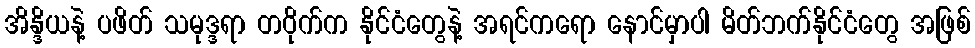
အိန္ဒိယနဲ့ ပဖိတ် သမုဒ္ဒရာ တဝိုက်က နိုင်ငံတွေနဲ့ အရင်ကရော နောင်မှာပါ မိတ်ဘက်နိုင်ငံတွေ အဖြစ်